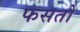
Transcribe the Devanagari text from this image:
फसतो